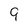
Character: 9